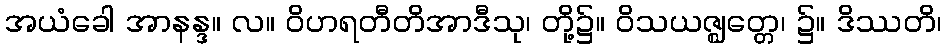
အယံခေါ အာနန္ဒ။ လ။ ဝိဟရတီတိအာဒီသု၊ တို့၌။ ဝိသယဇ္ဈတ္တေ၊ ၌။ ဒိဿတိ၊